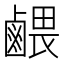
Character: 𪉭